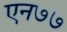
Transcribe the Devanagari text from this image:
एन७७